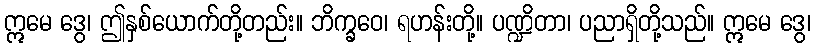
ဣမေ ဒွေ၊ ဤနှစ်ယောက်တို့တည်း။ ဘိက္ခဝေ၊ ရဟန်းတို့။ ပဏ္ဍိတာ၊ ပညာရှိတို့သည်။ ဣမေ ဒွေ၊